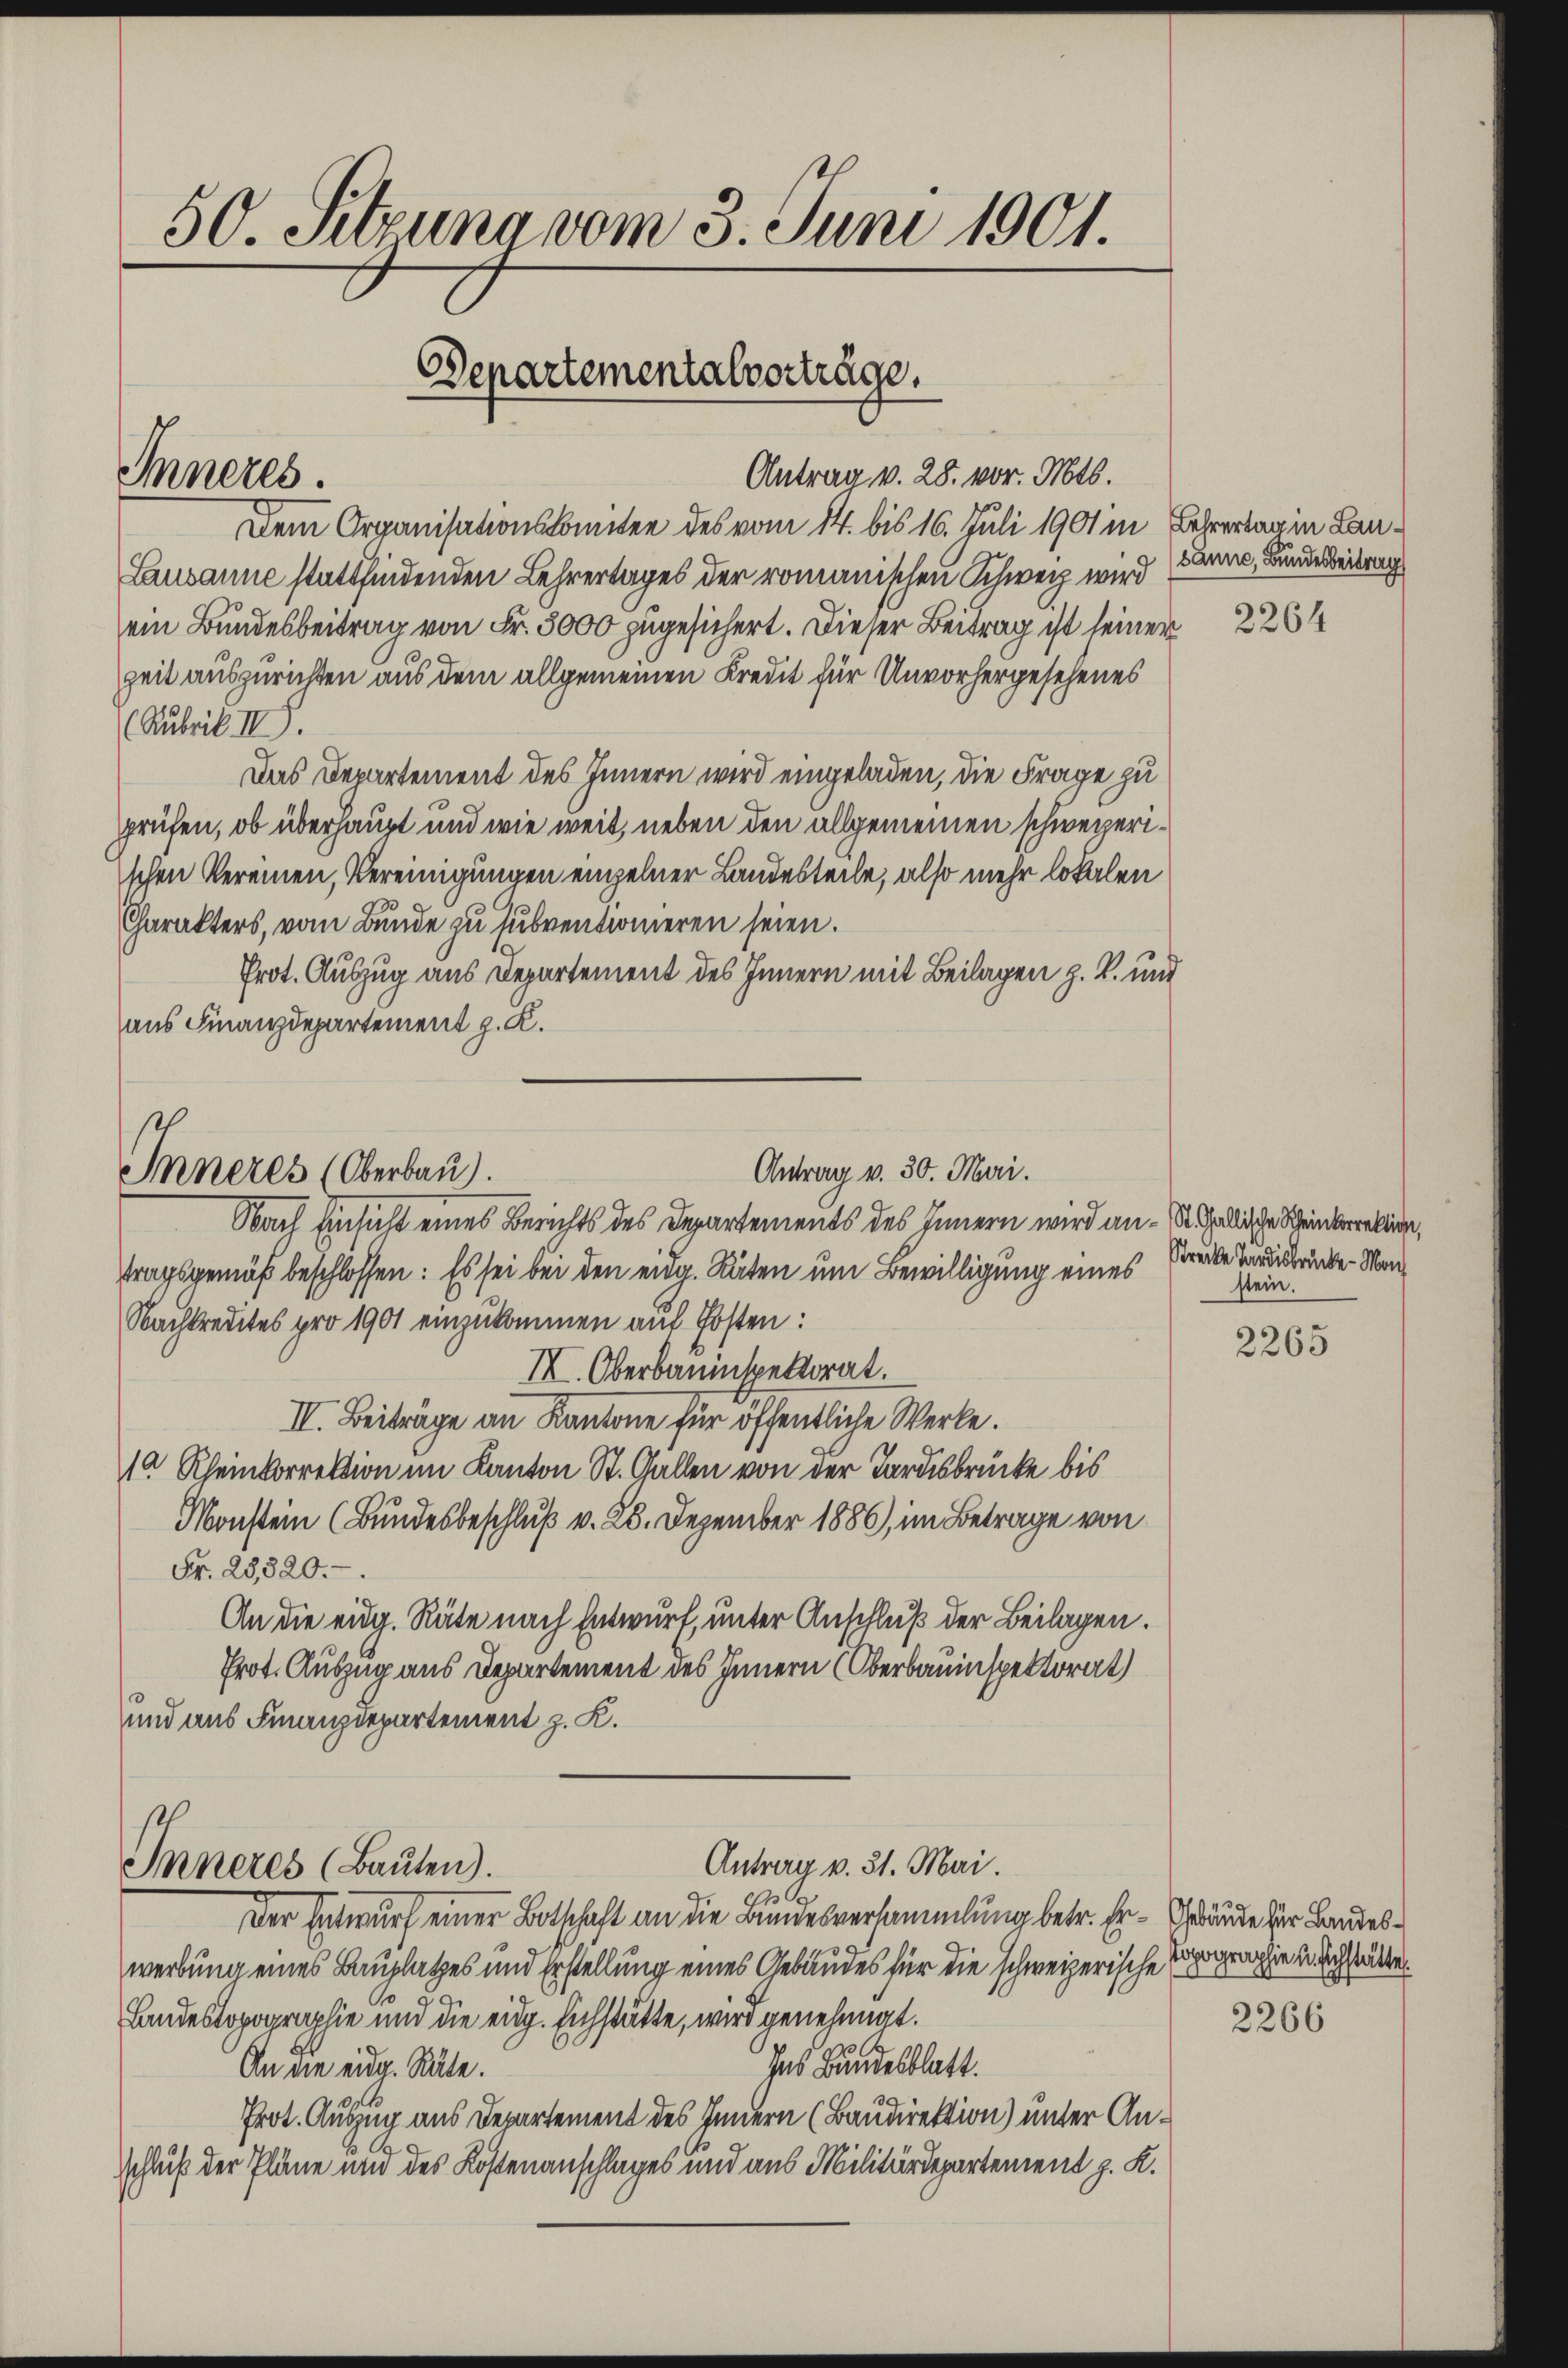
50. Sitzuna vom 3. Juni 1901.
Departementalvorträge.

Inneres.

Antrag v. 28. vor. Mts.

Dem Organisationskomitee des vom 14. bis 16. Juli 1901 in Lehrertag in Lan¬
Lausanne stattfindenden Lehrertages der romanischen Schweiz wird (Sanen, Bundesbeitrag
ein Bundesbeitrag von Fr. 3000 zugesichert. Dieser Beitrag ist seiner
Zeit auszurichten aus dem allgemeinen Kredit für Unvorhergesehenes
(Rubrik III.
Das Departement des Innern wird eingeladen, die Frage zu
prüfen, ob überhaupt und wie weit, neben den allgemeinen schweizerischen Vereinen, Vereinigungen einzelner Landesteile, also mehr lokalen
Charakters, vom Bunde zu subventionieren seien.
Prot. Auszug aus Departement des Innern mit Beilagen z. B. und
aus Finanzdepartement z. K.

Antrag v. 30. Mari.
Inneres (Oberbau).
Nach Einsicht eines Berichts des Departements des Innern wird an - St. Gallische Scheinberein,

tragsgemäß beschlossen: Es sei bei den eidg. Räten um Bewilligung eines Preise Beidende Nan¬
Nachkredites pro 1901 einzukommen auf Posten:
I. Oberbauinspektorat.
III. Beiträge an Kantone für öffentliche Werke.
10 Rheinkorrektion im Kanton St. Gallen von der Tardisbrücke bis
Monstein (Bundesbeschluß v. 28. Dezember 1886), im Betrage von
Fr. 28,820.
An die eidg. Räte nach Entwurf, unter Anschluß der Beilagen.
Prot. Auszug aus Departement des Innern (Oberbauinspektorat
und aus Finanzdepartement z. K.

Antrag v. 31. Mai.
Inneres (Bauten).
2

Der Entwurf einer Botschaft an die Bundesversammlung betr. Er-Gebäude zur Landeswerbung eines Bauplatzes und Erstellung eines Gebäudes für die schweizerische Erpographie u. doch statte.
Landestopographie und die eidg. Eichstätte, wird genehmigt.
Ins Bundesblatt.
An die eidg. Räte.
Prot. Auszug aus Departement des Innern (Baudirektion) unter Anschluß der Pläne und des Kostenanschlages und aus Militärdepartement z. K.

2264

stein.

2265

2266